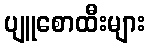
ပျူစောထီးများ